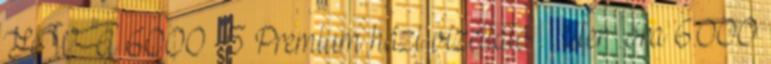
HWA 6000 5 Premium házi vízellátó . . liter óra 6.000